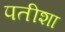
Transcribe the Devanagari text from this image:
पतीशा